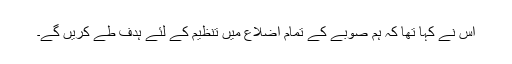
اس نے کہا تھا کہ ہم صوبے کے تمام اضلاع میں تنظیم کے لئے ہدف طے کریں گے۔